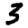
Digit: 3